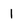
Character: 1